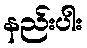
နည်းပါး